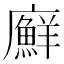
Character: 廯